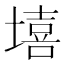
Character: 𰊦